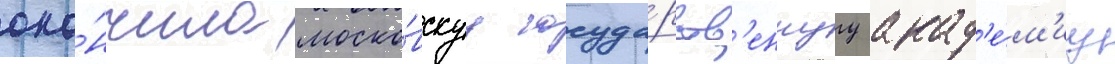
око́нчила моско́вскуу госуда́рств'еннуу акад'е́м'иу